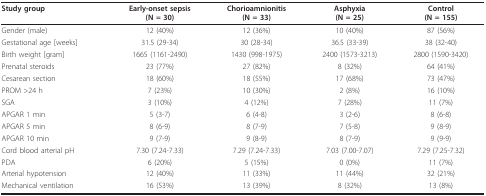
<table><thead><tr><td><b>Study group</b></td><td><b>Early-onset sepsis(N = 30)</b></td><td><b>Chorioamnionitis(N = 33)</b></td><td><b>Asphyxia(N = 25)</b></td><td><b>Control(N = 155)</b></td></tr></thead><tbody><tr><td>Gender (male)</td><td>12 (40%)</td><td>12 (36%)</td><td>10 (40%)</td><td>87 (56%)</td></tr><tr><td>Gestational age [weeks]</td><td>31.5 (29-34)</td><td>30 (28-34)</td><td>36.5 (33-39)</td><td>38 (32-40)</td></tr><tr><td>Birth weight [gram]</td><td>1665 (1161-2490)</td><td>1430 (998-1975)</td><td>2400 (1573-3213)</td><td>2800 (1590-3420)</td></tr><tr><td>Prenatal steroids</td><td>23 (77%)</td><td>27 (82%)</td><td>8 (32%)</td><td>64 (41%)</td></tr><tr><td>Cesarean section</td><td>18 (60%)</td><td>18 (55%)</td><td>17 (68%)</td><td>73 (47%)</td></tr><tr><td>PROM &gt;24 h</td><td>7 (23%)</td><td>10 (30%)</td><td>2 (8%)</td><td>16 (10%)</td></tr><tr><td>SGA</td><td>3 (10%)</td><td>4 (12%)</td><td>7 (28%)</td><td>11 (7%)</td></tr><tr><td>APGAR 1 min</td><td>5 (3-7)</td><td>6 (4-8)</td><td>3 (2-6)</td><td>8 (6-8)</td></tr><tr><td>APGAR 5 min</td><td>8 (6-9)</td><td>8 (7-9)</td><td>7 (5-8)</td><td>9 (8-9)</td></tr><tr><td>APGAR 10 min</td><td>9 (7-9)</td><td>9 (8-9)</td><td>8 (7-9)</td><td>9 (9-9)</td></tr><tr><td>Cord blood arterial pH</td><td>7.30 (7.24-7.33)</td><td>7.29 (7.24-7.33)</td><td>7.03 (7.00-7.07)</td><td>7.29 (7.25-7.32)</td></tr><tr><td>PDA</td><td>6 (20%)</td><td>5 (15%)</td><td>0 (0%)</td><td>11 (7%)</td></tr><tr><td>Arterial hypotension</td><td>12 (40%)</td><td>11 (33%)</td><td>11 (44%)</td><td>32 (21%)</td></tr><tr><td>Mechanical ventilation</td><td>16 (53%)</td><td>13 (39%)</td><td>8 (32%)</td><td>13 (8%)</td></tr></tbody></table>